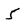
Character: 5